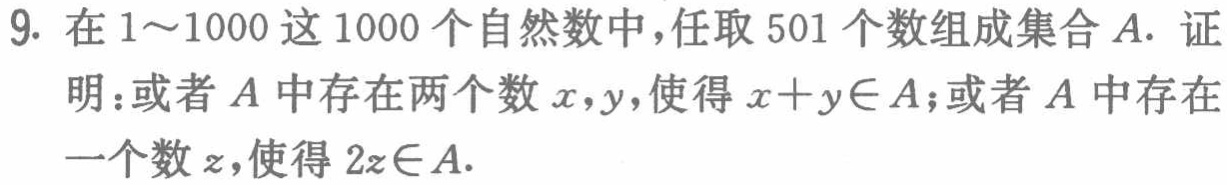
9. 在\(1\sim1000\)这\(1000\)个自然数中，任取\(501\)个数组成集合\(A\). 证明：或者\(A\)中存在两个数\(x,y\)，使得\(x + y\in A\)；或者\(A\)中存在一个数\(z\)，使得\(2z\in A\).